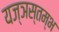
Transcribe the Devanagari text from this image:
यज्ञस्तम्भ